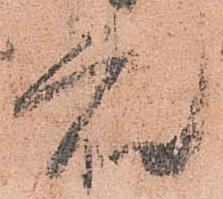
衆